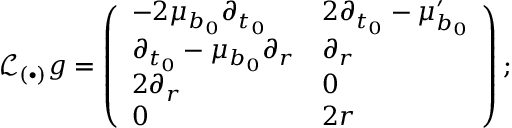
\mathcal { L } _ { ( \bullet ) } g = \left( \begin{array} { l l } { - 2 \mu _ { b _ { 0 } } \partial _ { t _ { 0 } } } & { 2 \partial _ { t _ { 0 } } - \mu _ { b _ { 0 } } ^ { \prime } } \\ { \partial _ { t _ { 0 } } - \mu _ { b _ { 0 } } \partial _ { r } } & { \partial _ { r } } \\ { 2 \partial _ { r } } & { 0 } \\ { 0 } & { 2 r } \end{array} \right) ;